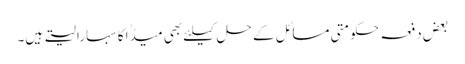
بعض دفعہ حکومتی مسائل کے حل کیلئے بھی میڈٰا کا سہارا لیتے ہیں۔